Annual report of the Civil Veterinary Department, Bengal, and of the Bengal Veterinary College for the year 1904-1905 - 1904-1905
Year: 1904
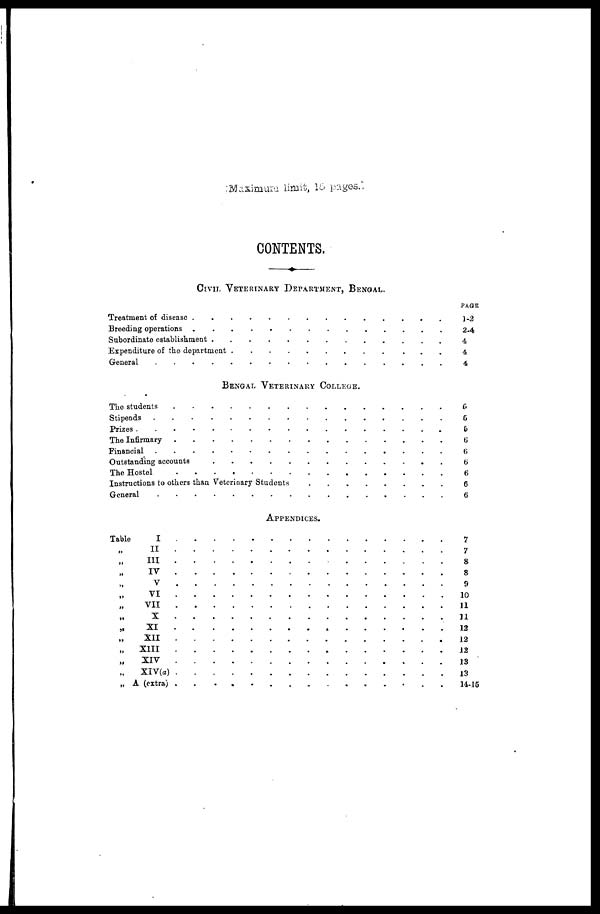
Maximum limit, 15 pages.
CONTENTS.
CIVIL VETERINARY DEPARTMENT, BENGAL
Treatment of disease . . . . . . . . . . . . . .
Breeding operations . . . . . . . . . . . . . .
Subordinate establishment . . . . . . . . . . . . . .
Expenditure of the department . . . . . . . . . . . . . .
General . . . . . . . . . . . . . .
BENGAL VETERINARY COLLEGE.
The students . . . . . . . . . . . . . .
Stipends . . . . . . . . . . . . . .
Prizes . . . . . . . . . . . . . .
The Infirmary . . . . . . . . . . . . . .
Financial . . . . . . . . . . . . . .
Outstanding accounts . . . . . . . . . . . . . .
The Hostel . . . . . . . . . . . . . .
Instructions to others than Veterinary Students . . . . . . . . . . . . . .
General . . . . . . . . . . . . . .
APPENDICES.
Table
I . . . . . . . . . . . . . .
„ II . . . . . . . . . . . . . .
„ III . . . . . . . . . . . . . .
„ IV . . . . . . . . . . . . . .
„ v . . . . . . . . . . . . . .
„ VI . . . . . . . . . . . . . .
„ VII . . . . . . . . . . . . . .
„ X . . . . . . . . . . . . . .
„ XI . . . . . . . . . . . . . .
„ XII . . . . . . . . . . . . . .
„
XIII . . . . . . . . . . . . . .
„
XIV . . . . . . . . . . . . . .
„ XIV(a) . . . . . . . . . . . . . .
„ A (extra) . . . . . . . . . . . . . .
PAGE
1-2
2-4
4
4
4
5
5
&
6
6
6
6
6
6
7
7
8
8
9
10
11
11
12
12
12
13
13
14-15